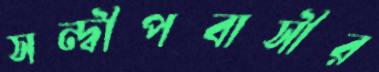
সন্দ্বীপবাসীর